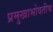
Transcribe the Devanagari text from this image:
प्रमुखाभोवतीच